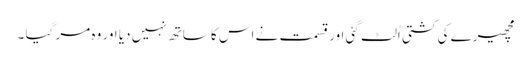
مچھیرے کی کشتی اُلٹ گئی اور قسمت نے اس کا ساتھ نہیں دیا اور وہ مر گیا ۔